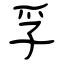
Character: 孚